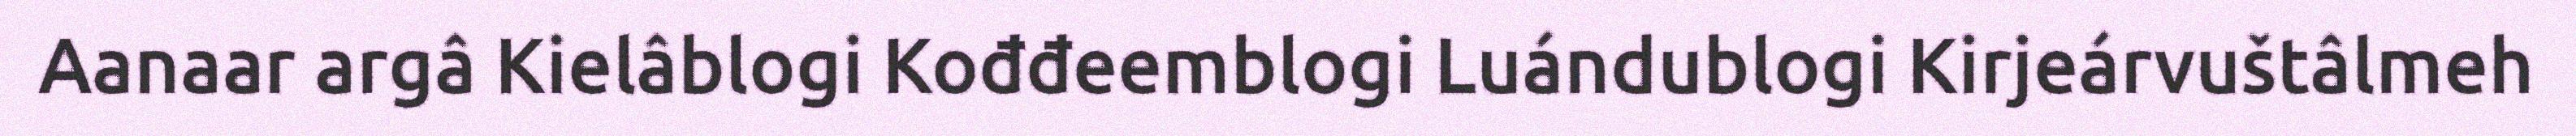
Aanaar argâ Kielâblogi Kođđeemblogi Luándublogi Kirjeárvuštâlmeh